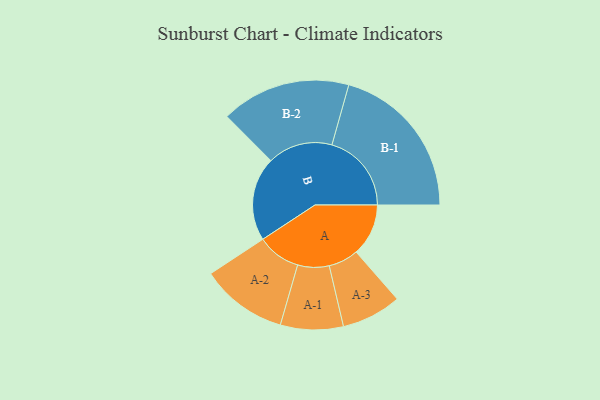
{"axis": {"x": "Segment", "y": "Value"}, "legend": ["", "A", "B"], "data": [{"x": "A", "y": 178, "type": ""}, {"x": "B", "y": 286, "type": ""}, {"x": "A-1", "y": 107, "type": "A"}, {"x": "A-2", "y": 148, "type": "A"}, {"x": "A-3", "y": 102, "type": "A"}, {"x": "B-1", "y": 271, "type": "B"}, {"x": "B-2", "y": 221, "type": "B"}]}